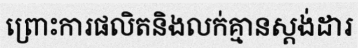
ព្រោះការផលិតនិងលក់គ្មានស្តង់ដារ